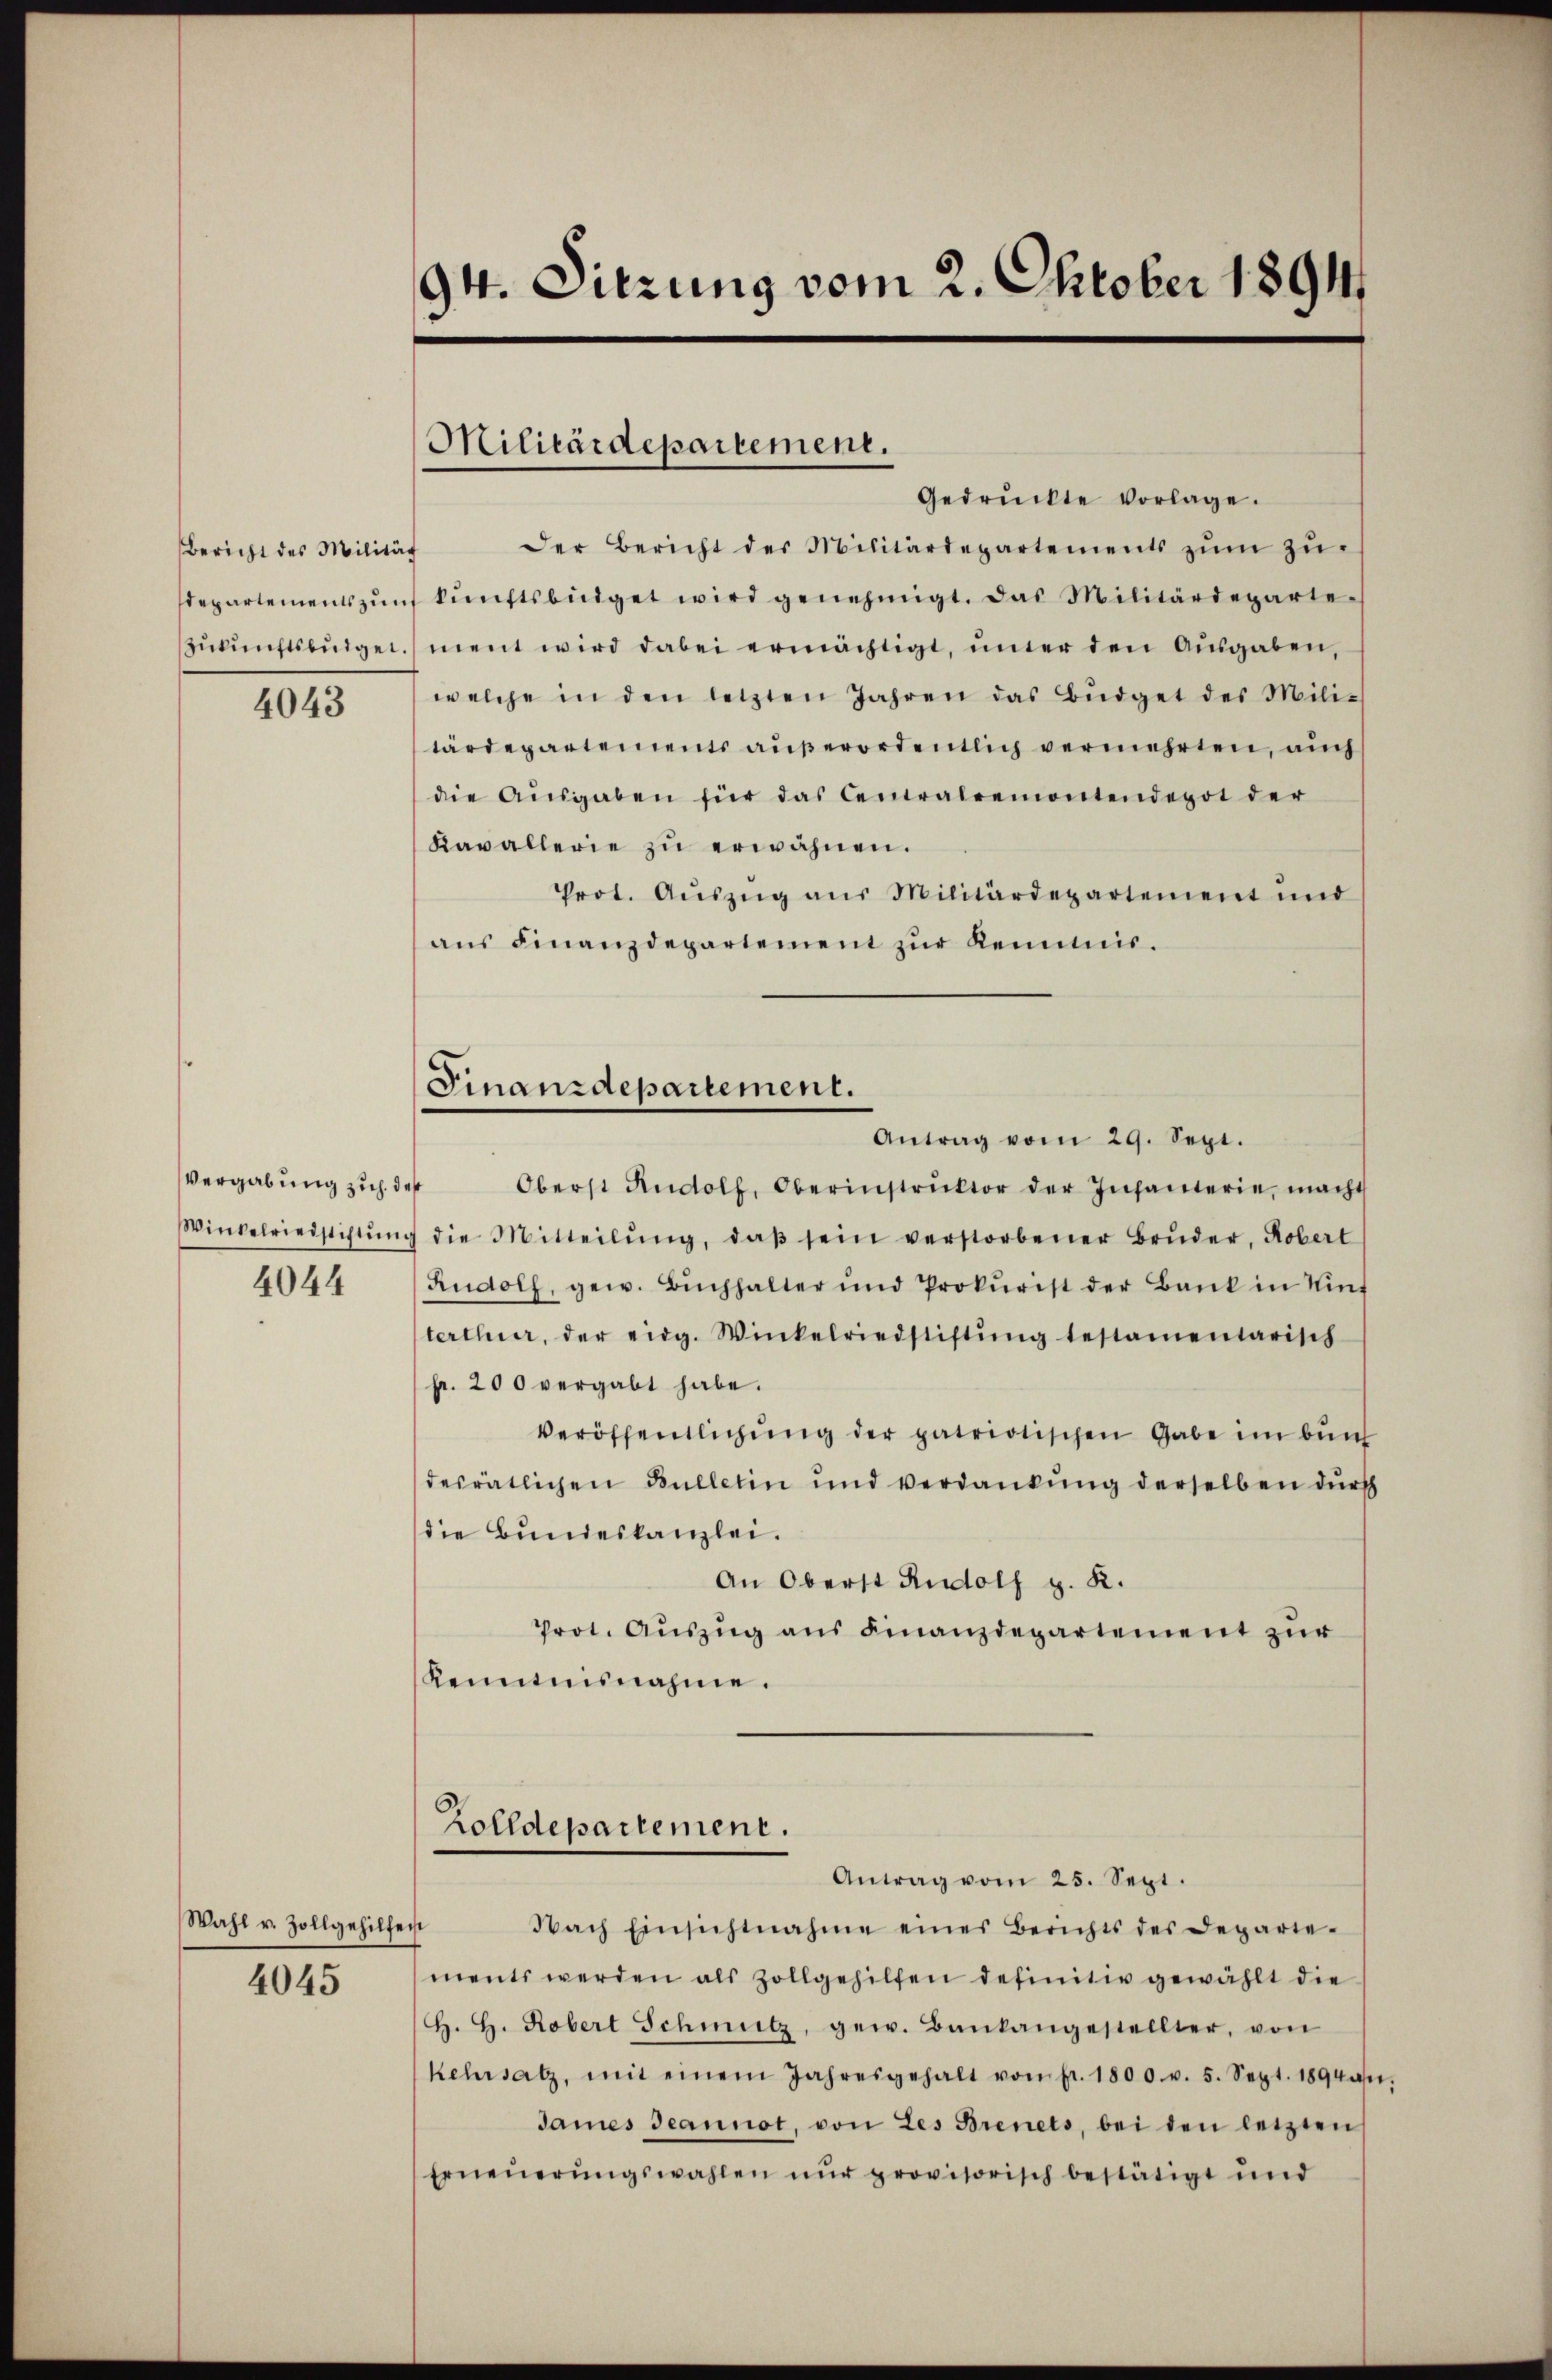
Bericht des Milität

4043

4044

Wahl v. Zollgehilfent

4045

94. Sitzung vom 2. Oktober 1894

Militärdepartement.

Gedrückte vorlage.
Der Bericht des Militärdepartements zŭm Zŭ-
departementszŭnf künftsbüdget wird genehmigt. Das Militärdeparte-
zŭkŭnftsbŭrger ment wird dabei ermächtigt, unter den Ausgaben,
welche in den letzten Jahren das Büdget des Mili-
tärdepartements außerordentlich vermehrten, auch
die Aŭsgaben für das Centralremontendepot der
Kavallerie zŭ erwähnen.
Prot. Aŭszŭg aŭs Militärdepartement und
ans Finanzdepartement zŭr Kenntnis.

Finanzdepartement.
Antrag vom 29. Sept.

Vergabŭng zŭ des Oberst Rŭdolf, Oberinstrŭktor der Infanterie, macht
Winkelriedstiftŭng die Mitteilŭng, daβ sein verstorbener Brŭder, Robert
Rudolf, gew. Bŭchhalter und Prokurist der Bank in Wint
terthur, der eidg. Winkelriedstiftŭng testamentarisch
fr. 200 vergabt habe.
Veröffentlichung der patriotischen Gabe im bund
desrätlichen Bulletin und verdankung derselben durch
die Bundeskanzlei.
An Oberst Rudolf v. K.
Prot. Aŭszŭg aŭs Finanzdepartement zur
Kenntnisnahme.

Zolldepartement.
Antrag vom 25. Sept.
Nach Einsichtnahme eines Berichts des Deparie-

ments werden als Zollgehilfen definitiv gewählt die
H. H. Robert Schmitz, gew. Bankangestellter, von
kehrsatz, mit einem Jahresgehalt von pr. 1800. v. 5. Sept. 1894 an,
James Jeannot, von des Brenets, bei den letzten
Erneŭerŭngswahlen nŭr provisorisch bestätigt und